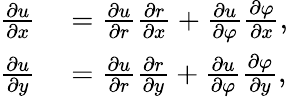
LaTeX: \begin{array}{rl}{{\frac{\partial u}{\partial x}}}&{{}={\frac{\partial u}{\partial r}}{\frac{\partial r}{\partial x}}+{\frac{\partial u}{\partial\varphi}}{\frac{\partial\varphi}{\partial x}},}\\ {{\frac{\partial u}{\partial y}}}&{{}={\frac{\partial u}{\partial r}}{\frac{\partial r}{\partial y}}+{\frac{\partial u}{\partial\varphi}}{\frac{\partial\varphi}{\partial y}},}\end{array}